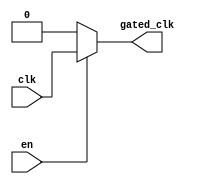
module ClockGatingBuffer (
    input wire clk,        // Primary clock input
    input wire en,         // Enable signal
    output reg gated_clk   // Gated clock output
);

// Always block to control the gated clock output
always @(*) begin
    if (en) begin
        gated_clk = clk;  // Pass through the clock when enabled
    end else begin
        gated_clk = 1'b0; // Gated off when not enabled
    end
end

endmodule